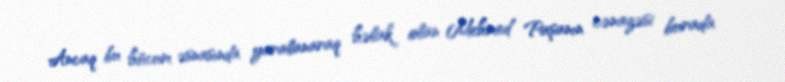
Ancaq bu hücum əsnasında yaralanaraq həlak olan Mehmed Paşanın cənazəsi burada